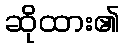
ဆိုထား၏